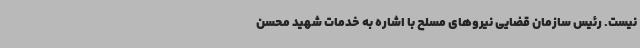
نیست. رئیس سازمان قضایی نیروهای مسلح با اشاره به خدمات شهید محسن